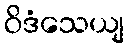
ဝိဒံသေယျ